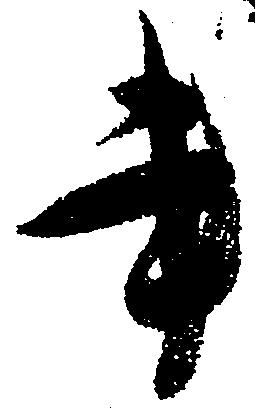
書